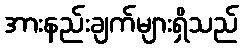
အားနည်းချက်များရှိသည်